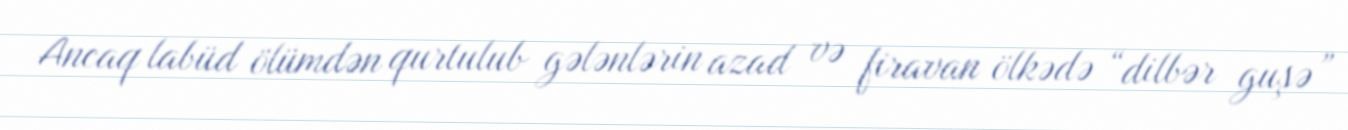
Ancaq labüd ölümdən qurtulub gələnlərin azad və firavan ölkədə “dilbər guşə”